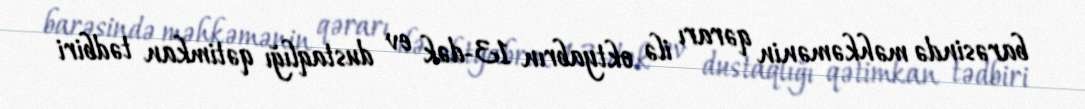
barəsində məhkəmənin qərarı ilə oktyabrın 13-dək ev dustaqlığı qətimkan tədbiri